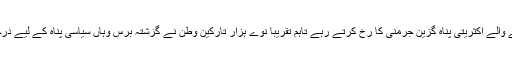
اگرچہ آسٹريا پہنچنے والے اکثريتی پناہ گزين جرمنی کا رخ کرتے رہے تاہم تقريباً نوے ہزار تارکين وطن نے گزشتہ برس وہاں سياسی پناہ کے ليے درخواستيں جمع کرائيں۔